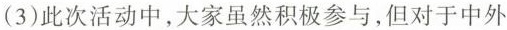
(3)此次活动中，大家虽然积极参与，但对于中外